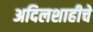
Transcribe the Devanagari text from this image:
अदिलशाहीचे